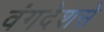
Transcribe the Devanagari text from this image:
वंगदेशसे